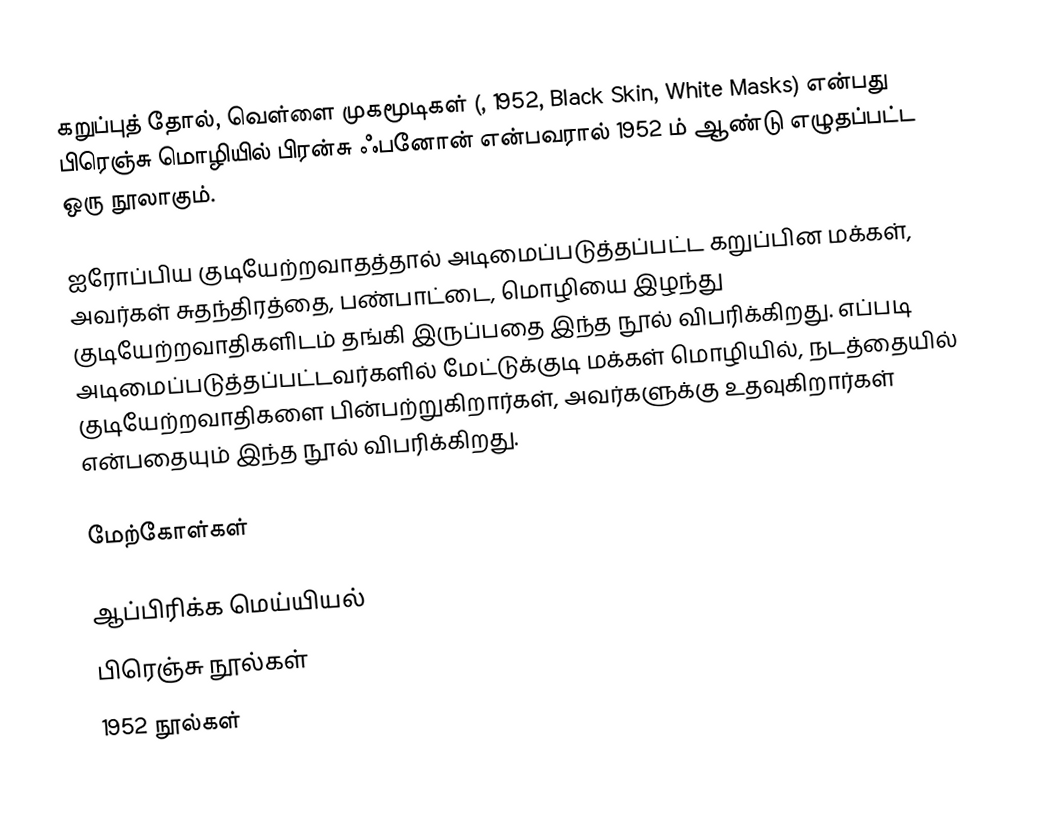
கறுப்புத் தோல், வெள்ளை முகமூடிகள் (, 1952, Black Skin, White Masks) என்பது பிரெஞ்சு மொழியில் பிரன்சு ஃபனோன் என்பவரால் 1952 ம் ஆண்டு எழுதப்பட்ட ஒரு நூலாகும்.

ஐரோப்பிய குடியேற்றவாதத்தால் அடிமைப்படுத்தப்பட்ட கறுப்பின மக்கள், அவர்கள் சுதந்திரத்தை, பண்பாட்டை, மொழியை இழந்து குடியேற்றவாதிகளிடம் தங்கி இருப்பதை இந்த நூல் விபரிக்கிறது.  எப்படி அடிமைப்படுத்தப்பட்டவர்களில் மேட்டுக்குடி மக்கள் மொழியில், நடத்தையில் குடியேற்றவாதிகளை பின்பற்றுகிறார்கள், அவர்களுக்கு உதவுகிறார்கள் என்பதையும் இந்த நூல் விபரிக்கிறது.

மேற்கோள்கள்

ஆப்பிரிக்க மெய்யியல்
பிரெஞ்சு நூல்கள்
1952 நூல்கள்